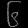
Digit: ၆